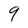
Character: 9